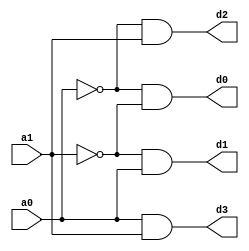
`timescale 1ns/10ps
module dec2to4( d0, 
                d1, 
                d2, 
                d3, 
                a0, 
                a1 ) ;

	 output d0, d1, d2, d3 ;
	 input a0, a1 ;

	 wire b, c ;

	 and (d0, b, c) ;
	 and (d1, c, a0) ;
	 and (d2, b, a1) ;
	 and (d3, a0, a1) ;
	 not (b, a0) ;
	 not (c, a1) ;

endmodule